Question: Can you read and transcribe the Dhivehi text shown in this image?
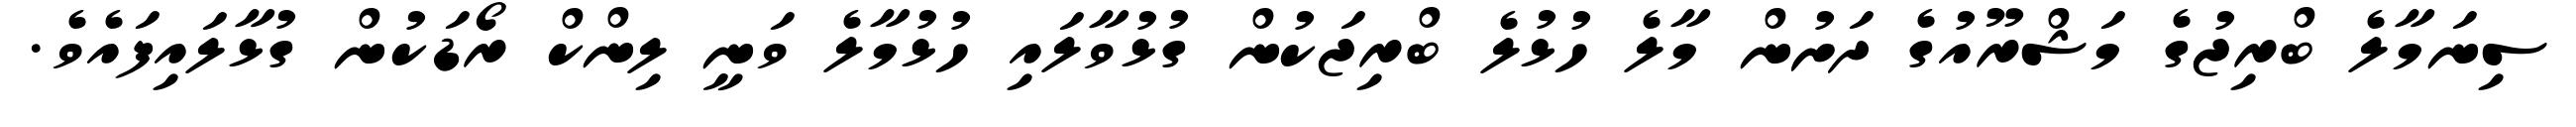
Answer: ސިނަމާލެ ބްރިޖުގެ މަޝްރޫއުގެ ދަށުން މާލެ ހުޅުލެ ބްރިޖަކުން ގުޅުވާލައި ހުޅުމާލެ ވަނީ ލިންކް ރޯޑަކުން ގުޅާލައިފައެވެ.